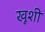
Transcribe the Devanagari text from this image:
खूशी